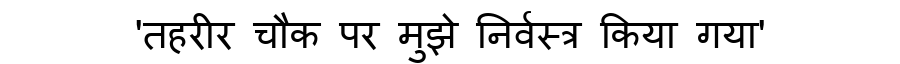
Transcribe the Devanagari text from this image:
'तहरीर चौक पर मुझे निर्वस्त्र किया गया'